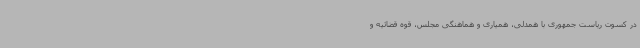
در کسوت ریاست جمهوری با همدلی، همیاری و هماهنگی مجلس، قوه قضائیه و